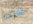
فقاعة